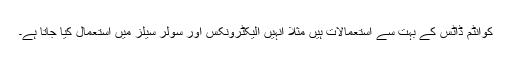
کوانٹم ڈاٹس کے بہت سے استعمالات ہیں مثلاً انہیں الیکٹرونکس اور سولر سیلز میں استعمال کیا جاتا ہے۔